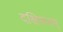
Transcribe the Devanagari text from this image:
दक्षिणतम्